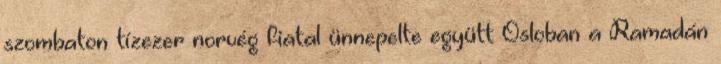
szombaton tízezer norvég fiatal ünnepelte együtt Osloban a Ramadán